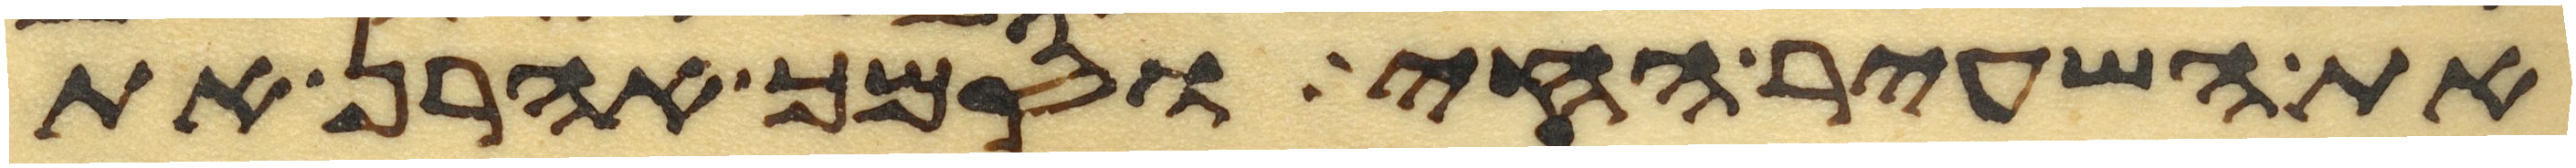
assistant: את השעיר החי וסמך אהרן את